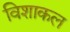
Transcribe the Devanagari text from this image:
विशाकल